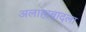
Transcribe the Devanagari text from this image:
अलाहाबादला